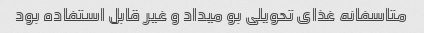
متاسفانه غذای تحویلی بو میداد و غیر قابل استفاده بود